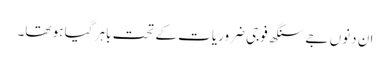
ان دنوں جے سنگھ فوجی ضروریات کے تحت باہر گیا ہو تھا۔